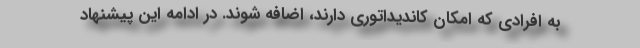
به افرادی که امکان کاندیداتوری دارند، اضافه شوند. در ادامه این پیشنهاد